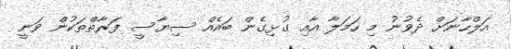
އަލްހާނަށް ދެވުނު މި ހަމަލާ އާއި ގުޅިގެން ބައެއް ސިޔާސީ ފަރާތްތަކުން ވަނީ